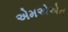
એમએએન